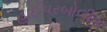
હાઈપરબોલીક